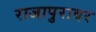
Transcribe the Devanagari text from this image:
राजापुरावर